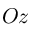
O z